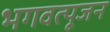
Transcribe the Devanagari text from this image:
भगवत्पूजन